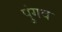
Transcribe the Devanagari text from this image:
पुंगव